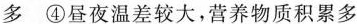
多 ④昼夜温差较大，营养物质积累多